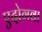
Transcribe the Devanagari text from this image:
एदोगवा